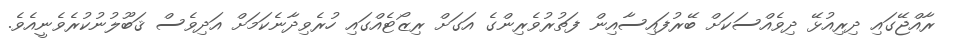
ރާއްޖޭގައި ދިރިއުޅޭ ދިވެއްސަކަށް ބޭރުފައިސާއިން ފަތުރުވެރިންގެ އަގަށް ރިޒޯޓެއްގައި ހުރެވިދާނެކަމަށް އަދިވެސް ޤަބޫލުނުކުރެވެނީއެވެ.